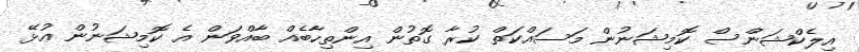
އިލެކްޝަންސް ކޮމިޝަނުން މަސައްކަތް ކުރާ ގޮތުން އިންތިހާބެއް ބާއްވަން އެ ކޮމިޝަނުން އުޅޭ